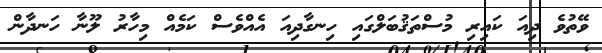
ވޭތުވެ ދިއަ ކައިރި މުސްތަޤުބަލްގައި ހިނގާދިއަ އެއްވެސް ކަމެއް މިހާރު ލޫނާ ހަނދާން